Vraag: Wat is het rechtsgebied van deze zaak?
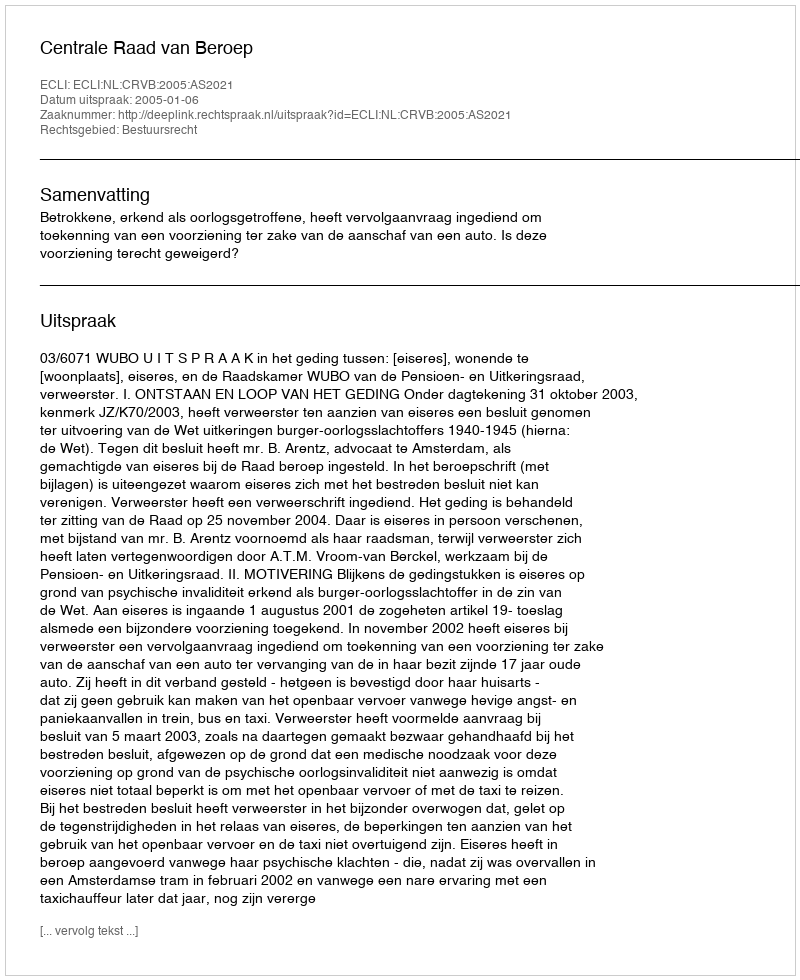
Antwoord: Bestuursrecht